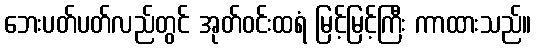
ဘေးပတ်ပတ်လည်တွင် အုတ်ဝင်းထရံ မြင့်မြင့်ကြီး ကာထားသည်။